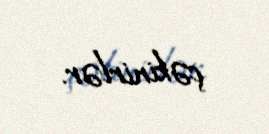
çəkinirlər.